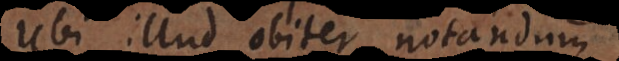
Ubi illud obiter notandum